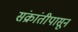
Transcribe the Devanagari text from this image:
संक्रांतीपासून